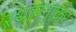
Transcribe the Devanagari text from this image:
स्थापनाकर